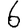
Digit: 6